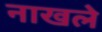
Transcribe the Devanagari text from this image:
नाखले